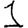
Digit: 1